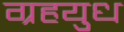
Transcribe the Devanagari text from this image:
ग्रहयुध